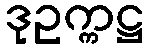
ဒုဥက္ကဋ္ဌ